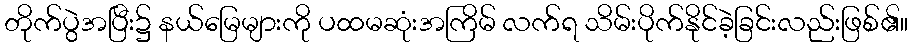
တိုက်ပွဲအပြီး၌ နယ်မြေများကို ပထမဆုံးအကြိမ် လက်ရ သိမ်းပိုက်နိုင်ခဲ့ခြင်းလည်းဖြစ်၏။